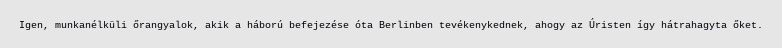
Igen, munkanélküli őrangyalok, akik a háború befejezése óta Berlinben tevékenykednek, ahogy az Úristen így hátrahagyta őket.